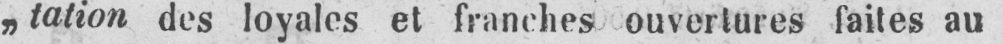
„tation des loyales et franches ouvertures faites au